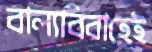
বাল্যবিবাহেই